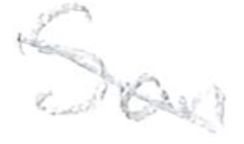
Text: San
Cross-out: mix
Writing tool: pencil